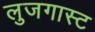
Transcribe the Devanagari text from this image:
लुजगास्ट